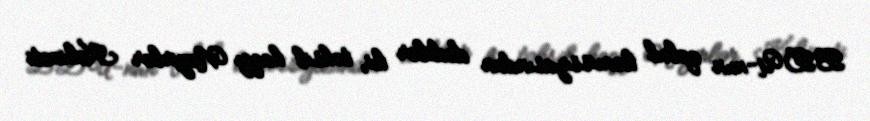
BDU-nun qəbul komissiyasından dedilər ki, təhsil haqqı Nazirlər Kabineti